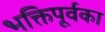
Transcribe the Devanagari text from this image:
भक्तिपूर्वका